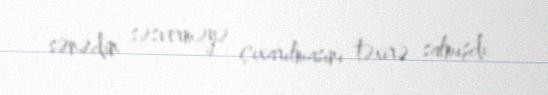
sənədin səsverməyə çıxarılmasını təxirə salmışdı.